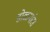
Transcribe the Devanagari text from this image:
डोळ्यांस